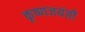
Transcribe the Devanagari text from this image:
कृष्णजयंती